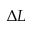
\Delta L